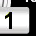
Digit: 1